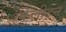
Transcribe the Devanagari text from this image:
स्केलीटन